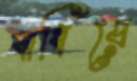
বাধিয়ে